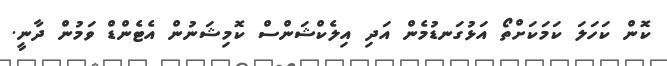
ކޮން ކަހަލަ ކަމަކަށްތޯ އަޅުގަނޑުމެން އަދި އިލެކްޝަންސް ކޮމިޝަނުން އެޓެންޑް ވަމުން ދާނީ.